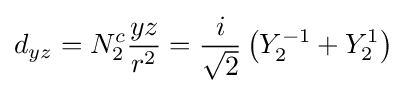
d_{yz}=N_{2}^{c}{\frac {yz}{r^{2}}}={\frac {i}{\sqrt {2}}}\left(Y_{2}^{-1}+Y_{2}^{1}\right)